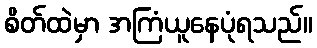
စိတ်ထဲမှာ အကြံယူနေပုံရသည်။